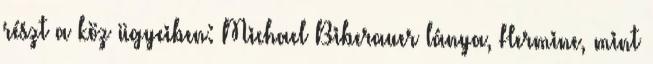
részt a köz ügyeiben: Michael Biberauer lánya, Hermine, mint